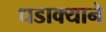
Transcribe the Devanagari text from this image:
धडाक्याने